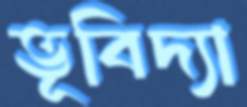
ভূবিদ্যা